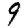
Digit: 9